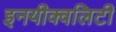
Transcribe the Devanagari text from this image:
इनयीक्वलिटी